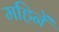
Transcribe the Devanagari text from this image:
महिनें